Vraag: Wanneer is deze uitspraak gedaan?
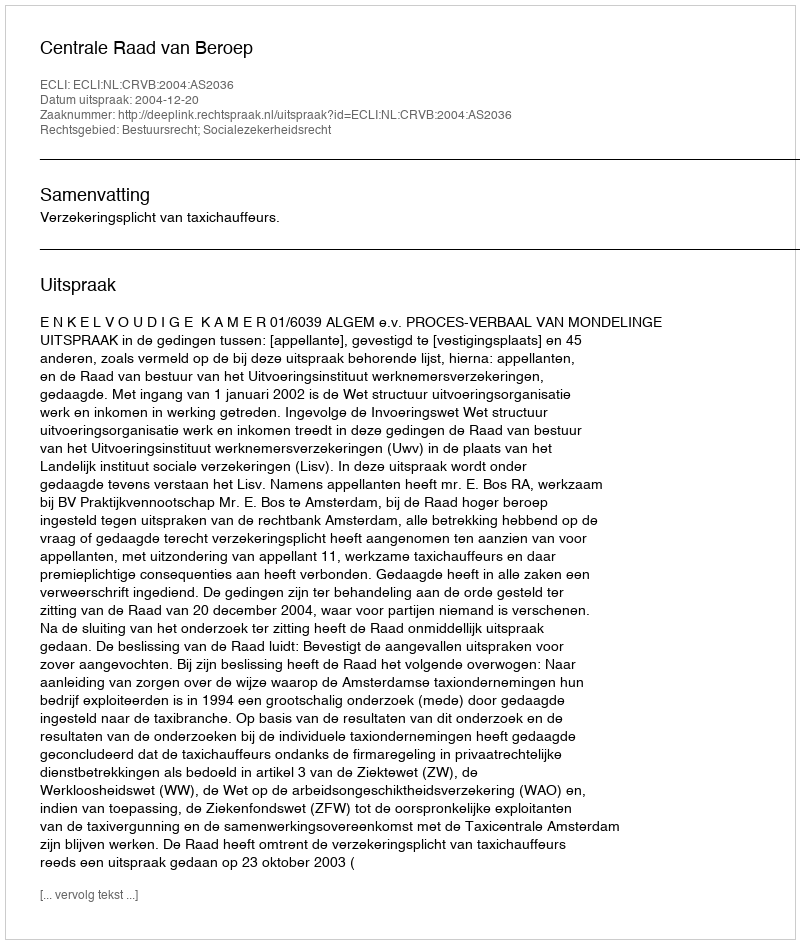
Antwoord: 2004-12-20